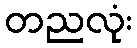
တညလုံး